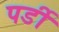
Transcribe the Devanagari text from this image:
पर्डी